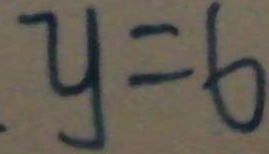
y = 6